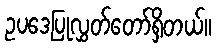
ဥပဒေပြုလွှတ်တော်ရှိတယ်။